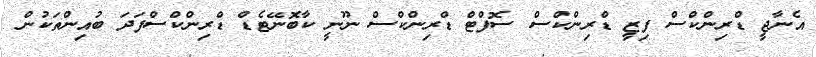
އެނާޖީ ޑްރިންކްސް ފިޒީ ޑްރިންކްސް ސޮފްޓް ޑްރިންކްސް ނޫނީ ކާބޮނޭޓެޑް ޑްރިންކްސްފަދަ ބުއިންތަކުން